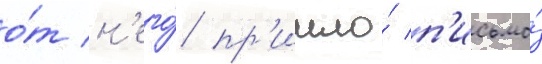
о́т н'его́ пр'ишло́ п'исьмо́